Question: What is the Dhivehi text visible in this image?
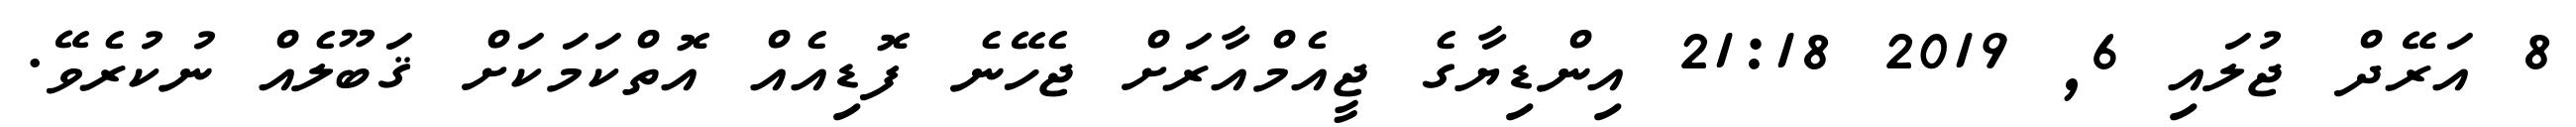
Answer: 8 އަރޭދް ޖުލައި 6, 2019 21:18 އިންޑިޔާގެ ޖީއެމްއާރަށް ޖެހޭނެ ފޮޑިއެއް އޮތްކަމަކަށް ޤަބޫލެއް ނުކުރެވޭ.